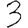
Digit: 3